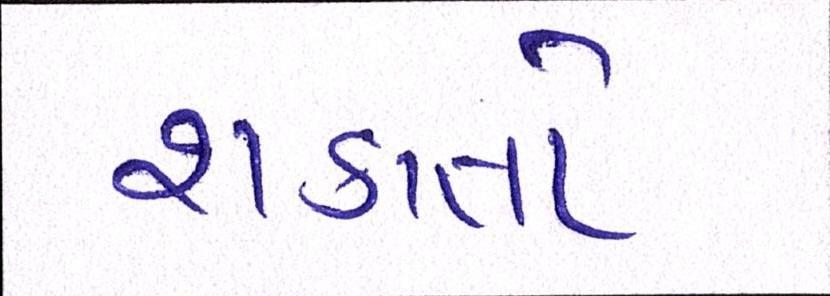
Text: શકાતો